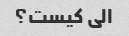
الی کیست؟